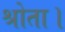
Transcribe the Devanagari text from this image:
श्रोता।